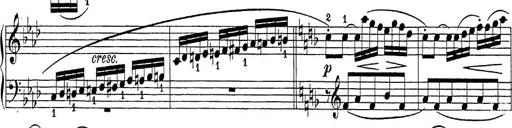
Title: Sonatina Album
Composer: Louis KÃ¶hler